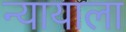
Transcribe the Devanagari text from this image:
न्यायाला